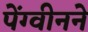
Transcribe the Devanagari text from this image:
पेंग्वीनने